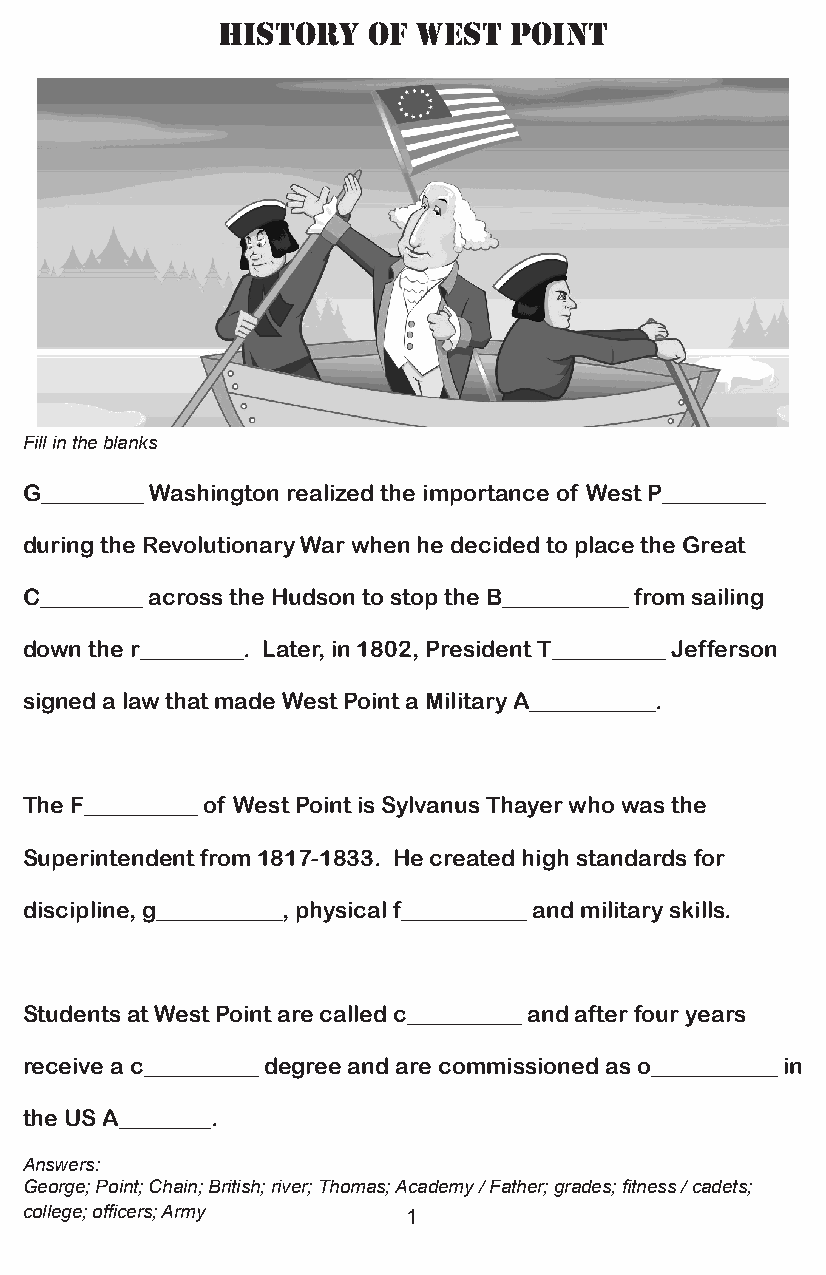
hiSTOry   Of  WEST  POiNT
 Fill in the blanks
 G_________ Washington realized the importance of West P_________
 during the Revolutionary War when he decided to place the Great
 C_________ across the Hudson to stop the B___________ from sailing
 down the r_________. Later, in 1802, President T__________ Jefferson
 signed a law that made West Point a Military A___________.
 The F__________ of West Point is Sylvanus Thayer who was the
 Superintendent from 1817-1833. He created high standards for
 discipline, g___________, physical f___________ and military skills.
 Students at West Point are called c__________ and after four years
 receive a c__________ degree and are commissioned as o___________ in
 the US A________.
 Answers:
 George; Point; Chain; British; river; Thomas; Academy / Father; grades; fitness / cadets;
 college; officers; Army   1